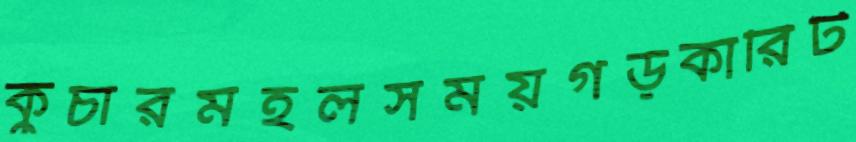
কুচারমহলসময়গড়কারিট